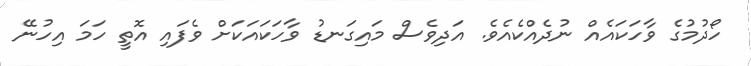
ހޯދުމުގެ ވާހަކައެއް ނުދެއްކެއެވެ. އަދިވެސް މައިގަނޑު ވާހަކައަކަށް ވެފައި އޮތީ ހަމަ އިހުނޭ